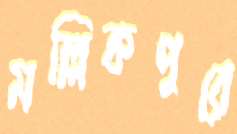
মল্লিকপুরে